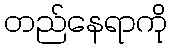
တည်နေရာကို